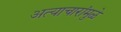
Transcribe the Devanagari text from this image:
अत्याचारांमुळे